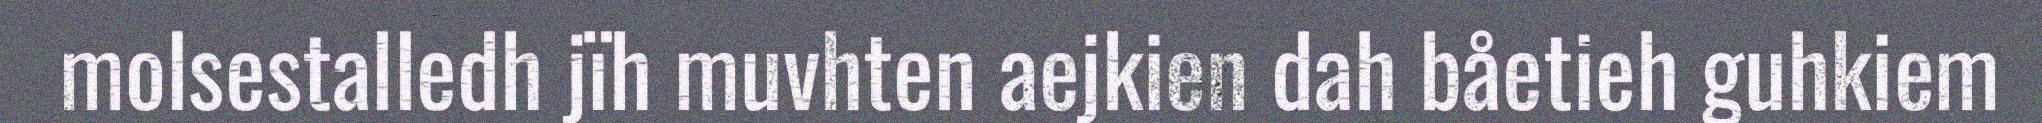
molsestalledh jïh muvhten aejkien dah båetieh guhkiem